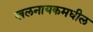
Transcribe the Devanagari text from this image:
खलनायकमधील